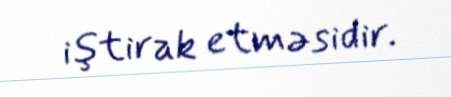
iştirak etməsidir.